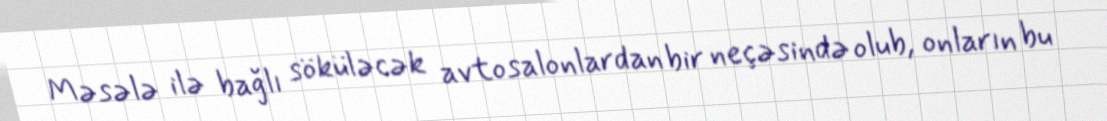
Məsələ ilə bağlı söküləcək avtosalonlardan bir neçəsində olub, onların bu